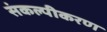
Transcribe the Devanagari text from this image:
संकल्पीकरण